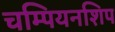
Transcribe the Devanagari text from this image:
चम्पियनशिप